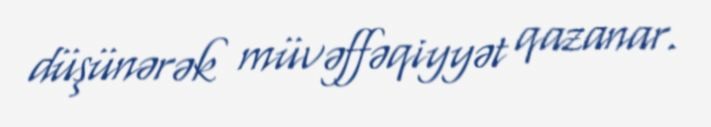
düşünərək müvəffəqiyyət qazanar.